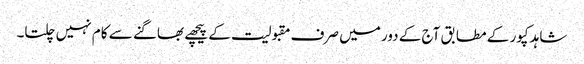
شاہد کپور کے مطابق آج کے دور میں صرف مقبولیت کے پیچھے بھاگنے سے کام نہیں چلتا۔